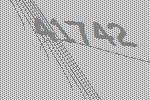
41742